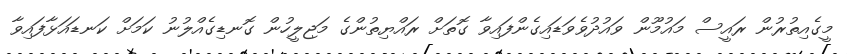
މީގެއިތުރުން ރައީސް މައުމޫން ވައުދުވެވަޑައިގެންފައިވާ ގޮތަށް ރައްޔިތުންގެ މަޖިލީހުން ގޮނޑިގެއްލުނު ކަމަށް ކަނޑައަޅާފައިވާ